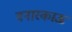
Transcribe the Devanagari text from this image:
वनारकाऊ